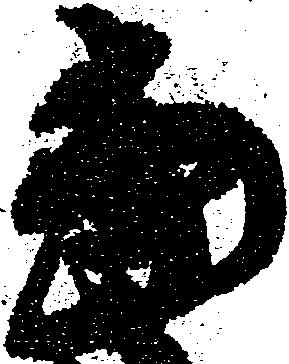
当